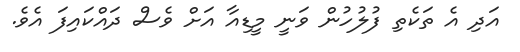
އަދި އެ ތަކެތި ފުލުހުން ވަނީ މީޑިއާ އަށް ވެސް ދައްކައިފަ އެވެ.